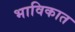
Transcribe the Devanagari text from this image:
भाविकात